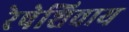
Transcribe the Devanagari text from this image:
रेषेशिवाय